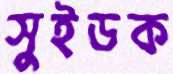
সুইডক